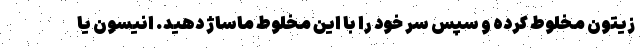
زیتون مخلوط کرده و سپس سر خود را با این مخلوط ماساژ دهید. انیسون یا